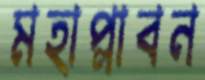
মহাপ্লাবন